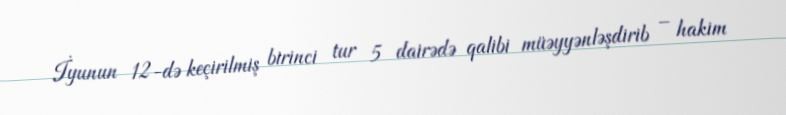
İyunun 12-də keçirilmiş birinci tur 5 dairədə qalibi müəyyənləşdirib – hakim